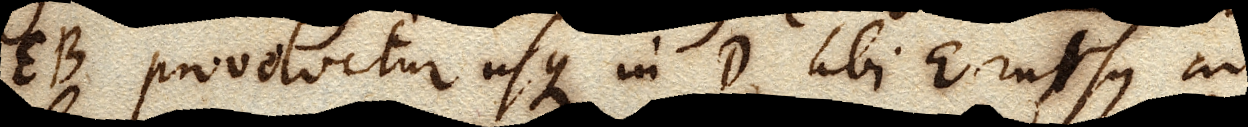
EB provolvitur usque in D ubi E rursus ad